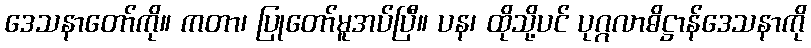
ဒေသနာတော်ကို။ ကတာ၊ ပြုတော်မူအပ်ပြီ။ ပန၊ ထိုသို့ပင် ပုဂ္ဂလာဓိဋ္ဌာန်ဒေသနာကို